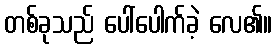
တစ်ခုသည် ပေါ်ပေါက်ခဲ့ လေ၏။